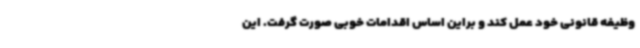
وظیفه قانونی خود عمل کند و براین اساس اقدامات خوبی صورت گرفت. این